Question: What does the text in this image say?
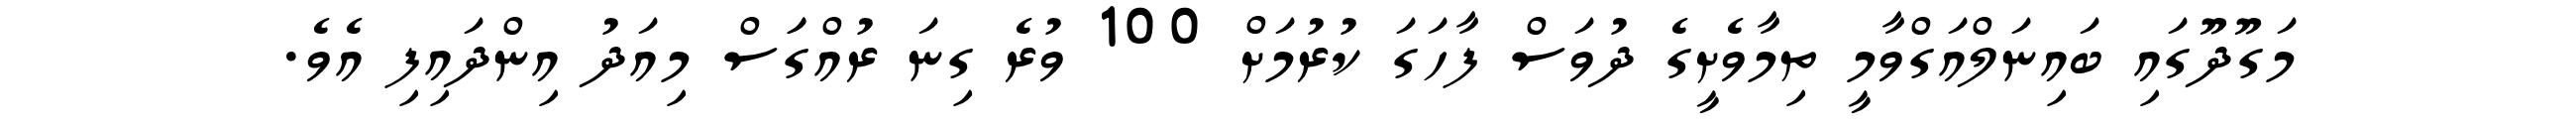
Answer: މަގޫދޫގައި ބައިނަލްއަގްވާމީ ތިމާވެށީގެ ދުވަސް ފާހަގަ ކުރުމަށް 100 ވުރެ ގިނަ ރުއްގަަސް މިއަދު އިންދައިފި އެވެ.